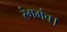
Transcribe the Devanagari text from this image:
रंगमंच।